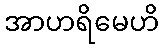
အာဟရိမေဟိ